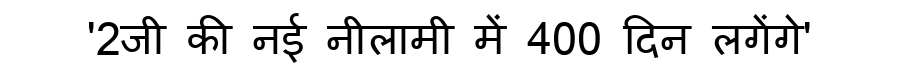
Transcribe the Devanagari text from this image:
'2जी की नई नीलामी में 400 दिन लगेंगे'